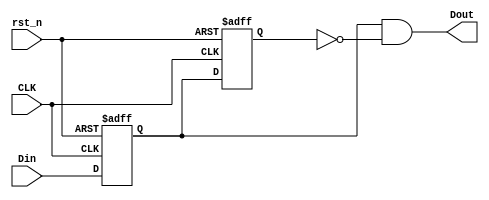
// Copyright (C) 2020  Intel Corporation. All rights reserved.
// Your use of Intel Corporation's design tools, logic functions 
// and other software and tools, and any partner logic 
// functions, and any output files from any of the foregoing 
// (including device programming or simulation files), and any 
// associated documentation or information are expressly subject 
// to the terms and conditions of the Intel Program License 
// Subscription Agreement, the Intel Quartus Prime License Agreement,
// the Intel FPGA IP License Agreement, or other applicable license
// agreement, including, without limitation, that your use is for
// the sole purpose of programming logic devices manufactured by
// Intel and sold by Intel or its authorized distributors.  Please
// refer to the applicable agreement for further details, at
// https://fpgasoftware.intel.com/eula.

// PROGRAM		"Quartus Prime"
// VERSION		"Version 20.1.1 Build 720 11/11/2020 SJ Lite Edition"
// CREATED		"Wed Dec 22 12:40:01 2021"

module trigger_8bit(
	CLK,
	rst_n,
	Din,
	Dout
);


input wire	CLK;
input wire	rst_n;
input wire	[7:0] Din;
output wire	[7:0] Dout;

reg	[7:0] SYNTHESIZED_WIRE_1;
wire	[7:0] SYNTHESIZED_WIRE_0;
reg	[7:0] DFF_inst3;




assign	Dout = SYNTHESIZED_WIRE_1 & SYNTHESIZED_WIRE_0;


always@(posedge CLK or negedge rst_n)
begin
if (!rst_n)
	begin
	SYNTHESIZED_WIRE_1[7:0] <= 8'b00000000;
	end
else
	begin
	SYNTHESIZED_WIRE_1[7:0] <= Din[7:0];
	end
end


always@(posedge CLK or negedge rst_n)
begin
if (!rst_n)
	begin
	DFF_inst3[7:0] <= 8'b00000000;
	end
else
	begin
	DFF_inst3[7:0] <= SYNTHESIZED_WIRE_1[7:0];
	end
end

assign	SYNTHESIZED_WIRE_0 =  ~DFF_inst3;


endmodule